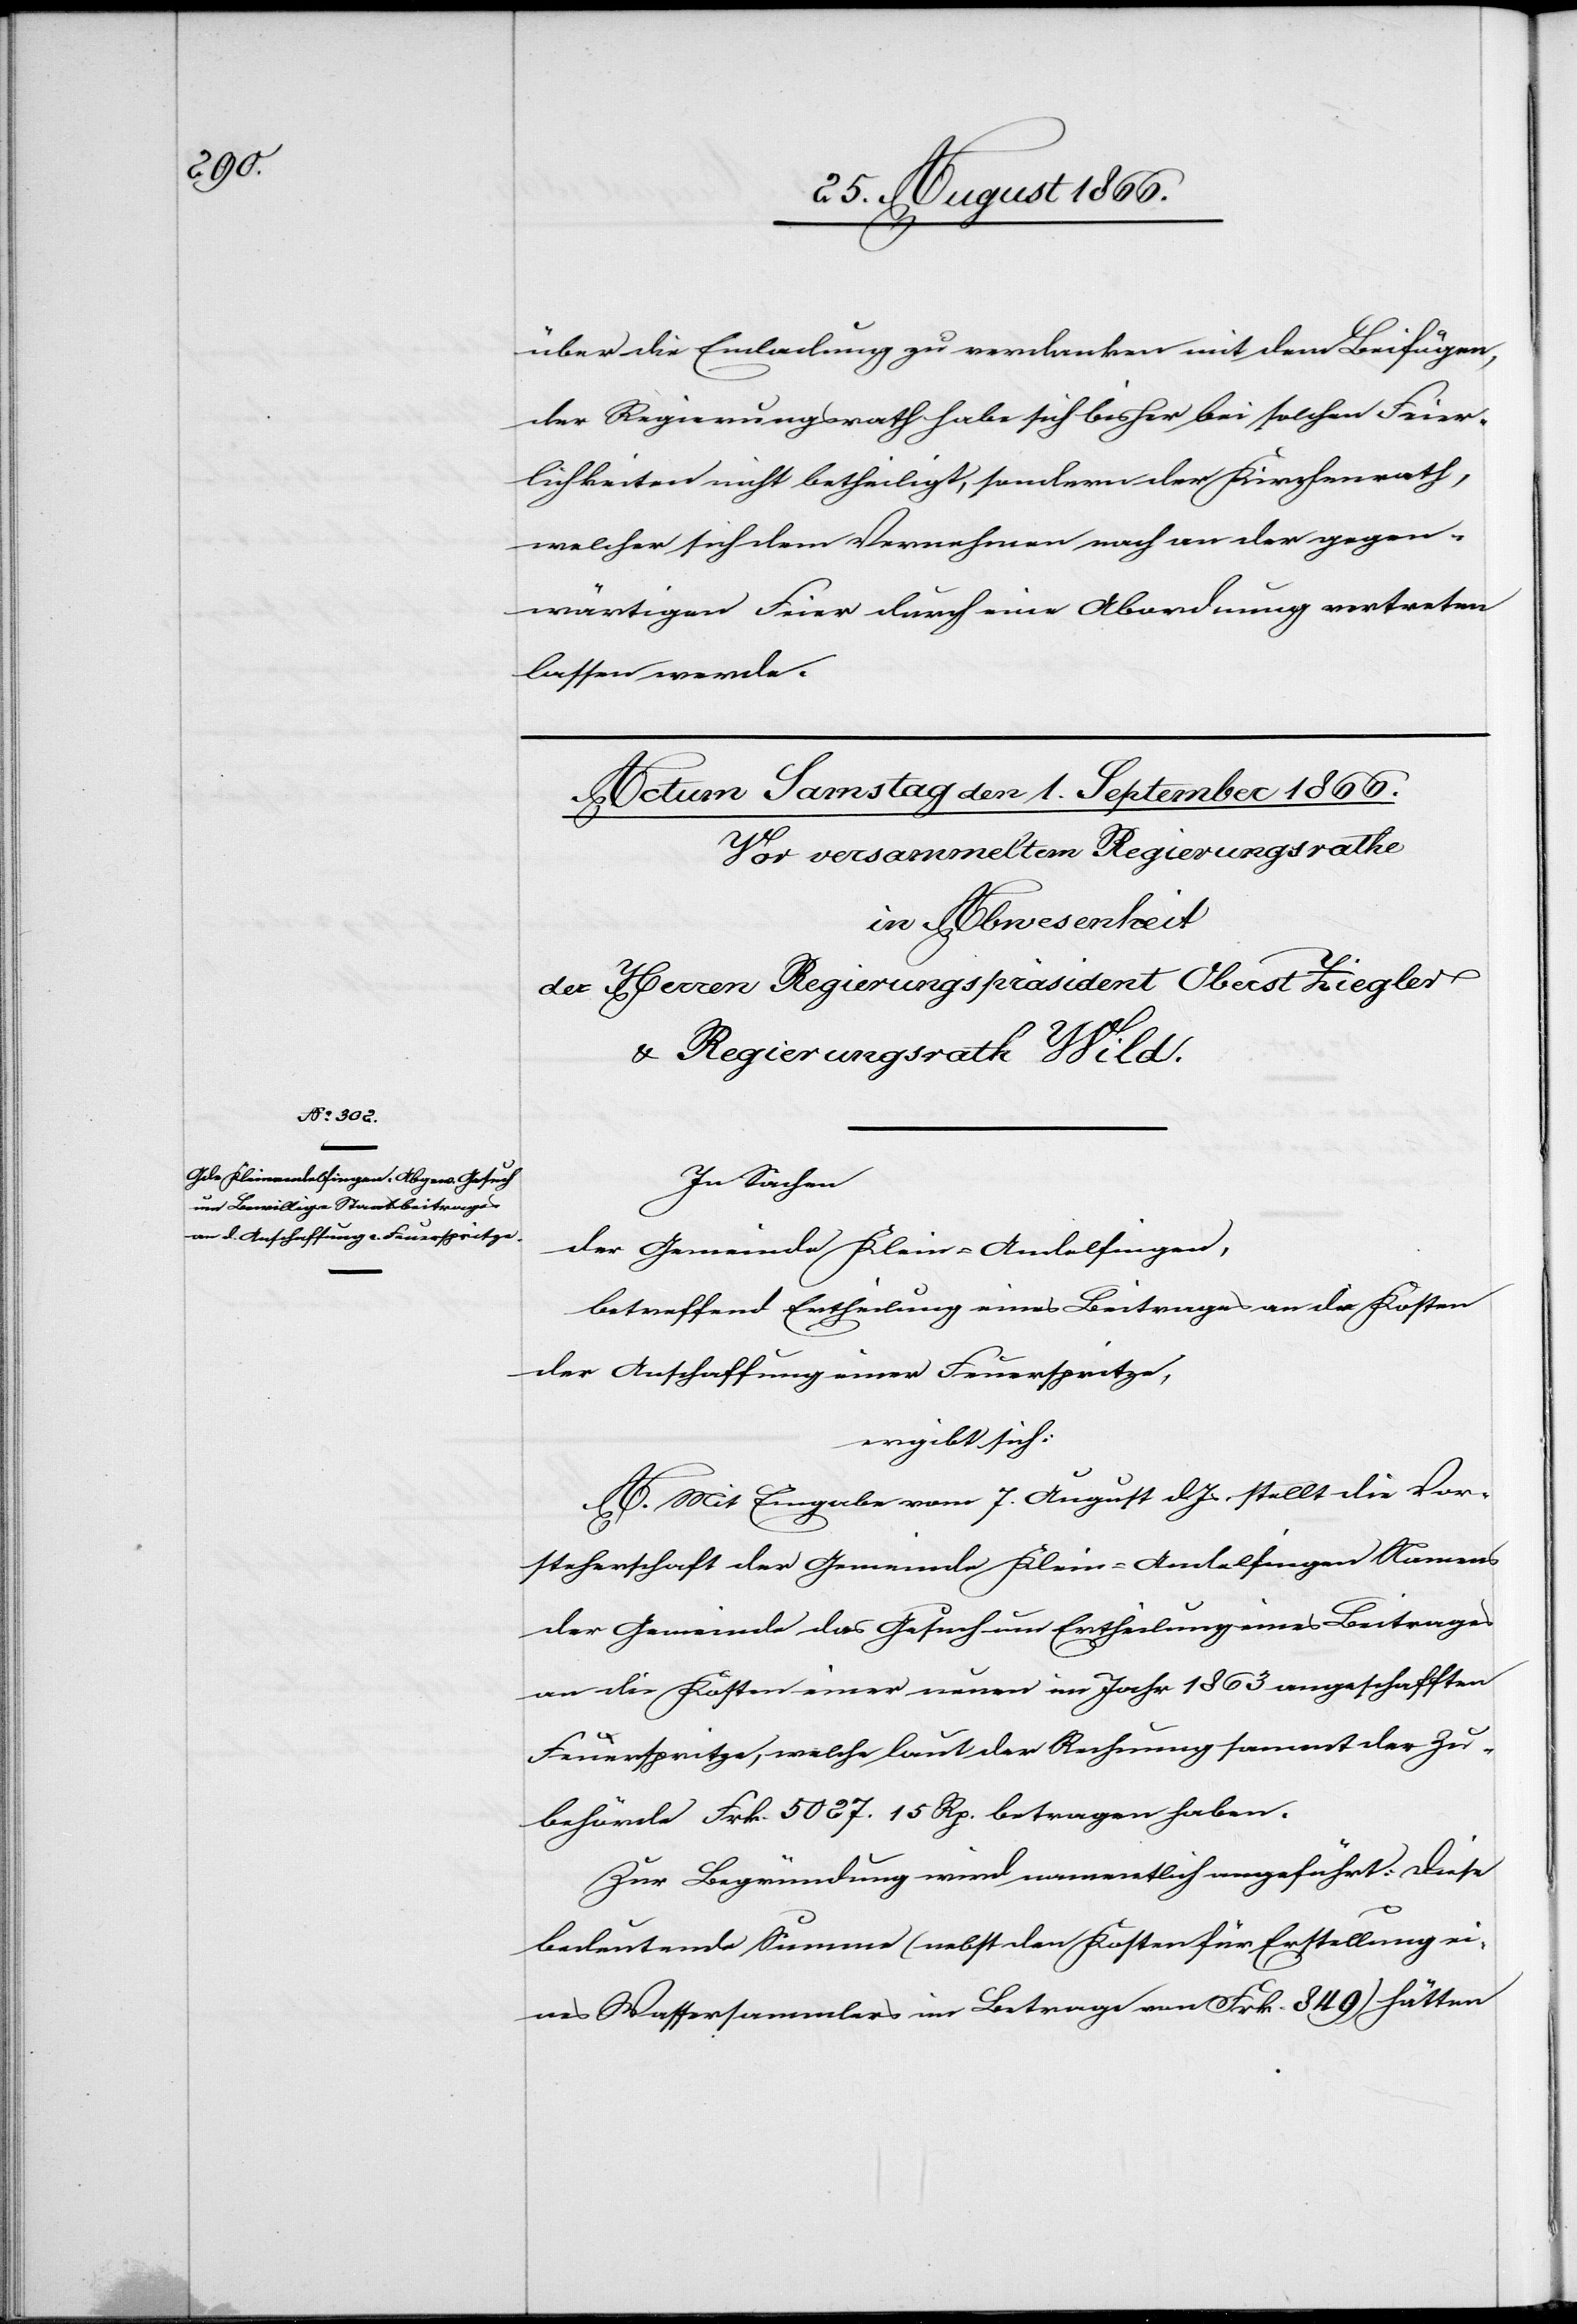
über die Einladung zu verdanken mit dem Beifügen,
der Regierungsrath habe sich bisher bei solchen Feier¬
lichkeiten nicht betheiligt, sondern der Kirchenrath,
welcher sich dem Vernehmen nach an der gegen¬
wärtigen Feier durch eine Abordnung vertreten
lassen werde.
In Sachen
der Gemeinde Klein-Andelfingen,
betreffend Ertheilung eines Beitrages an die Kosten
der Anschaffung einer Feuerspritze,
ergibt sich:
A. Mit Eingabe vom 7. August dJs. stellt die Vor¬
steherschaft der Gemeinde Klein-Andelfingen Namens
der Gemeinde das Gesuch um Ertheilung eines Beitrages
an die Kosten einer neuen im Jahr 1863 angeschafften
Feuerspritze, welche laut der Rechnung sammt der Zu¬
behörde Frk. 5027.15 Rp. betragen habe.
Zur Begründung wird namentlich angeführt: Diese
bedeutende Summe (nebst den Kosten für Erstellung ei¬
nes Wassersammlers im Betrage von Frk. 849) hätten